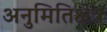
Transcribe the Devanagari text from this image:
अनुमितिक्षेत्र